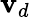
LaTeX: \mathbf{v}_{d}